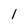
Character: l